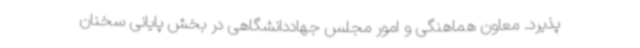
پذیرد.‌ معاون هماهنگی و امور مجلس جهاددانشگاهی در بخش پایانی سخنان